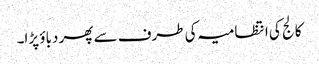
کالج کی انتظامیہ کی طرف سے پھر دباؤ پڑا۔